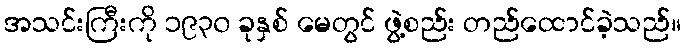
အသင်းကြီးကို ၁၉၃၀ ခုနှစ် မေတွင် ဖွဲ့စည်း တည်ထောင်ခဲ့သည်။